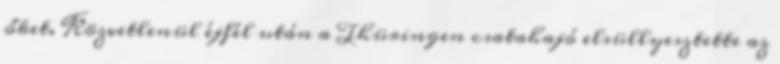
őket. Közvetlenül éjfél után a Thüringen csatahajó elsüllyesztette az